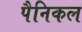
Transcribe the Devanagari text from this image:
पैनिकल